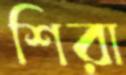
শিরা